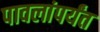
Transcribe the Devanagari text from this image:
पावलांपर्यंत